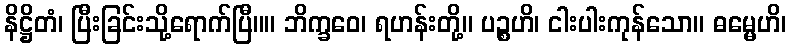
နိဋ္ဌိတံ၊ ပြီးခြင်းသို့ရောက်ပြီ။။ ဘိက္ခဝေ၊ ရဟန်းတို့။ ပဉ္စဟိ၊ ငါးပါးကုန်သော။ ဓမ္မေဟိ၊